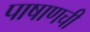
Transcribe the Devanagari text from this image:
पाषाणची